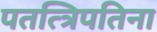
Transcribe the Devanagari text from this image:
पतत्त्रिपतिना